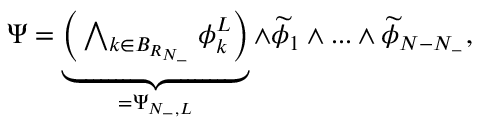
\begin{array} { r } { \Psi = \underbrace { \biggr ( \bigwedge _ { k \in B _ { R _ { N _ { - } } } } \phi _ { k } ^ { L } \biggr ) } _ { = \Psi _ { N _ { - } , L } } \wedge \widetilde { \phi } _ { 1 } \wedge . . . \wedge \widetilde { \phi } _ { N - N _ { - } } , } \end{array}